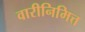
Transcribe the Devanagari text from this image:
वारीनिमित्त